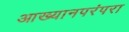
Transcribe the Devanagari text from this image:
आख्यानपरंपरा